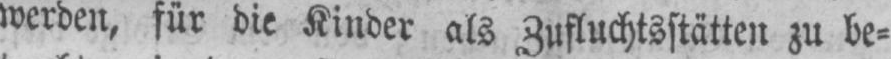
werden, für die Kinder als Zufluchtsstätten zu be⸗